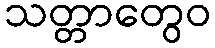
သတ္တာတွေဝ